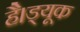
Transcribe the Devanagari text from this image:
है।ड्यूक